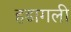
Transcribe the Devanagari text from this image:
हडागली